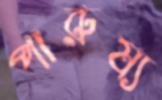
পারুষ্য